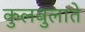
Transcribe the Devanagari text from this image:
कुलबुलाते